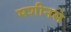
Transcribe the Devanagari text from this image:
मशीनसे